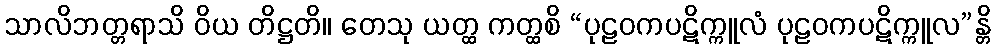
သာလိဘတ္တရာသိ ဝိယ တိဋ္ဌတိ။ တေသု ယတ္ထ ကတ္ထစိ “ပုဠဝကပဋိက္ကူလံ ပုဠဝကပဋိက္ကူလ”န္တိ